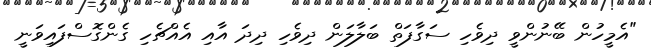
"އެމީހުން ބޭނުންވީ ދިވެހި ސަގާފަތް ބަލާލަން ދިވެހި ދިދަ އާއި އެއްޗެހި ގެންގޮސްފައިވަނީ